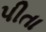
પીતા